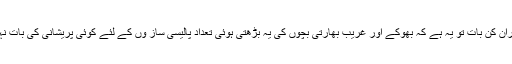
حیران کن بات تو یہ ہے کہ بھوکے اور غریب بھارتی بچوں کی یہ بڑھتی ہوئی تعداد پالیسی ساز وں کے لئے کوئی پریشانی کی بات نہیں۔